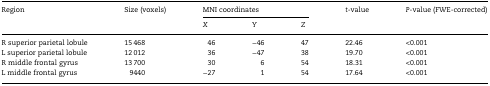
<table><thead><tr><td rowspan="2"><b>Region</b></td><td rowspan="2"><b>Size (voxels)</b></td><td colspan="3"><b>MNI coordinates</b></td><td rowspan="2"><b><i>t</i>-value</b></td><td rowspan="2"><b><i>P</i>-value (FWE-corrected)</b></td></tr><tr><td><b><i>X</i></b></td><td><b><i>Y</i></b></td><td><b><i>Z</i></b></td></tr></thead><tbody><tr><td>R superior parietal lobule</td><td>15 468</td><td>46</td><td>−46</td><td>47</td><td>22.46</td><td>&lt;0.001</td></tr><tr><td>L superior parietal lobule</td><td>12 012</td><td>36</td><td>−47</td><td>38</td><td>19.70</td><td>&lt;0.001</td></tr><tr><td>R middle frontal gyrus</td><td>13 700</td><td>30</td><td>6</td><td>54</td><td>18.31</td><td>&lt;0.001</td></tr><tr><td>L middle frontal gyrus</td><td>9440</td><td>−27</td><td>1</td><td>54</td><td>17.64</td><td>&lt;0.001</td></tr></tbody></table>